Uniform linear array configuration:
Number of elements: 12
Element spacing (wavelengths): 1
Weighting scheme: cosine
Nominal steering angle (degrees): -30
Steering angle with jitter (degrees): -28.456
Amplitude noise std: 0.05
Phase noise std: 0.05

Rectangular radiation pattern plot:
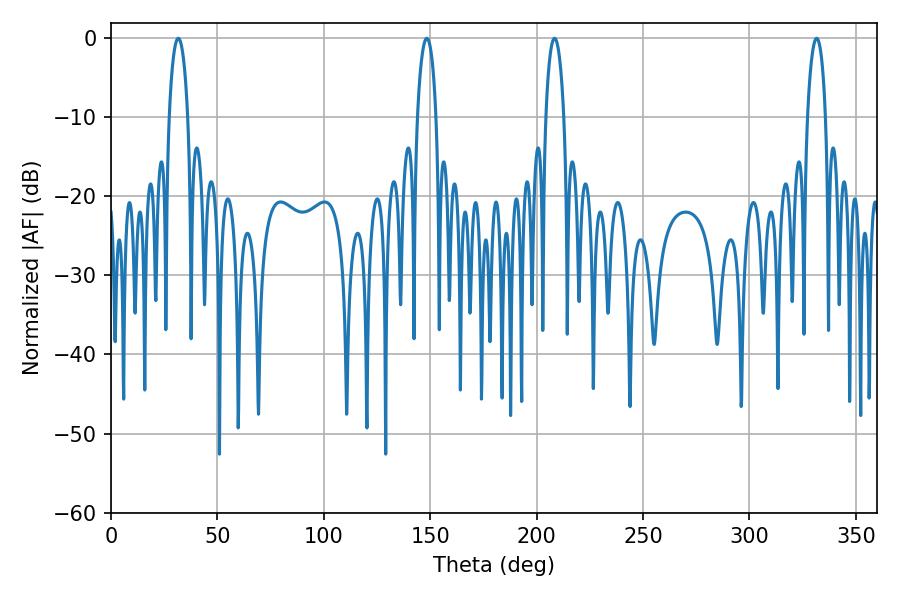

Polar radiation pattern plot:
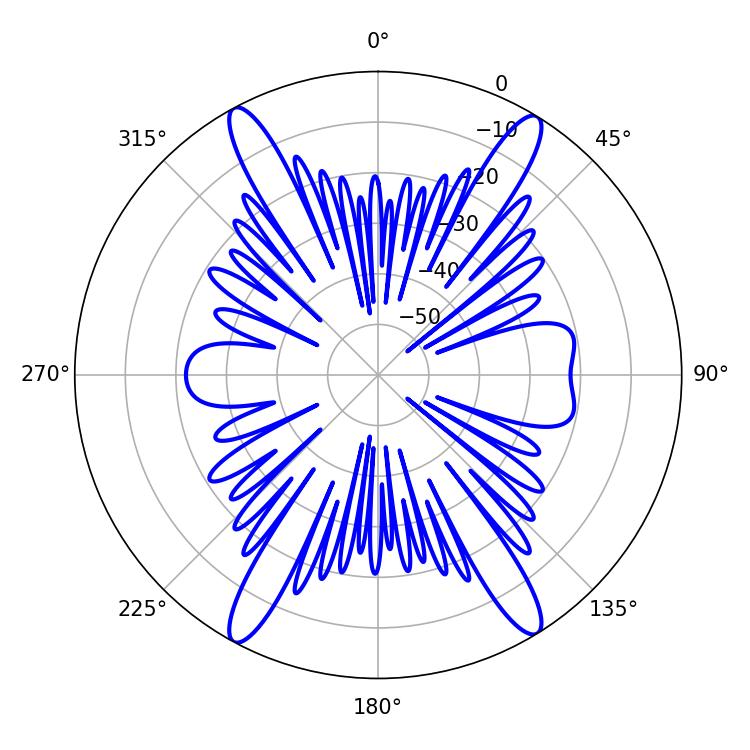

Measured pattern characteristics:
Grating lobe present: TRUE
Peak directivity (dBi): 21.385
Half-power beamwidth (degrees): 4.68
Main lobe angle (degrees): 331.56